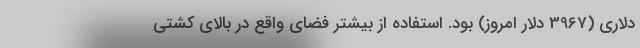
دلاری (3967 دلار امروز) بود. استفاده از بیشتر فضای واقع در بالای کشتی